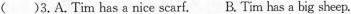
( )3.A. Tim has a nice scarf. B.Tim has a big sheep.